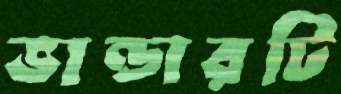
ভান্ডারটি